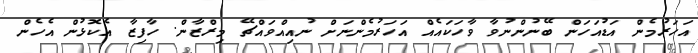
އަހަރުމެން އަޑުއަހަން ބޭނުންނުވާ ވާހަކައެއް އަހަރުމެންނަށް ނުއިއްވައްޗޭ މިރްޒާން. ހާފިޒާ އެކޮޅުން އެހެން